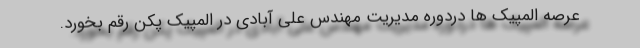
عرصه المپیک ها دردوره مدیریت مهندس علی آبادی در المپیک پکن رقم بخورد.